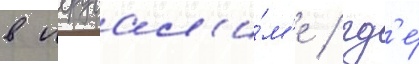
в иерусал'и́м'е / гд'е́